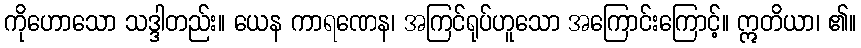
ကိုဟောသော သဒ္ဒါတည်း။ ယေန ကာရဏေန၊ အကြင်ရုပ်ဟူသော အကြောင်းကြောင့်။ ဣတိယာ၊ ၏။